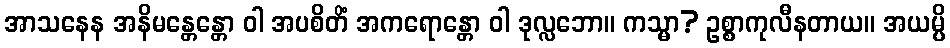
အာသနေန အနိမန္တေန္တော ဝါ အပစိတိံ အကရောန္တော ဝါ ဒုလ္လဘော။ ကသ္မာ? ဥစ္စာကုလီနတာယ။ အယမ္ပိ